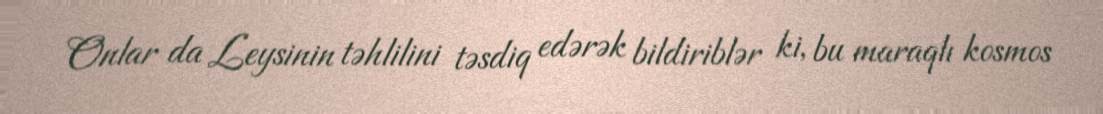
Onlar da Leysinin təhlilini təsdiq edərək bildiriblər ki, bu maraqlı kosmos